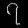
Digit: ၇